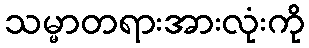
သမ္မာတရားအားလုံးကို